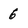
Character: 6